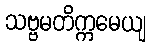
သဗ္ဗမတိက္ကမေယျ